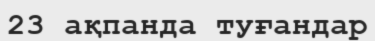
23 ақпанда туғандар